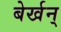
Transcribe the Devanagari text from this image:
बेर्खन्